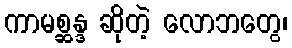
ကာမစ္ဆန္ဒ ဆိုတဲ့ လောဘတွေ၊